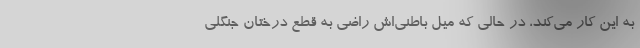
به این کار می‌کند، در حالی که میل باطنی‌اش راضی به قطع درختان جنگلی